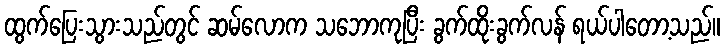
ထွက်ပြေးသွားသည်တွင် ဆမ်လောက သဘောကုပြီး ခွက်ထိုးခွက်လန် ရယ်ပါတော့သည်။